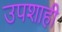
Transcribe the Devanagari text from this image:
उपशाही